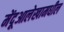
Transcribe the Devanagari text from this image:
मेंदूआलेखामधील